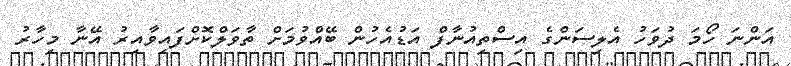
އަންނަ ހޯމަ ދުވަހު އެލިސަންގެ އިސްތިއުނާފް އަޑުއެހުން ބޭއްވުމަށް ތާވަލްކޮށްފައިވާއިރު އޭނާ މިހާރު